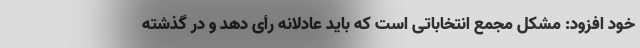
خود افزود: مشکل مجمع انتخاباتی است که باید عادلانه رأی دهد و در گذشته